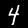
Label: 4